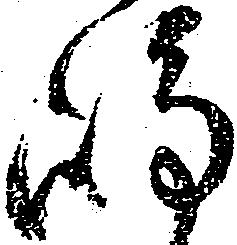
嶋